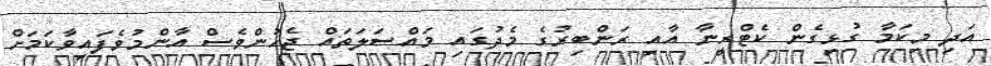
އަދި މިކަމާ ގުޅިގެން ކެޓްރީނާ އާއި ރަންބިރުގެ މެދުގައި މައްސަލަތައް ޖެހުންވެސް އާންމުވެފައިވާކަމަށް